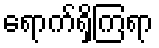
ရောက်ရှိကြရာ